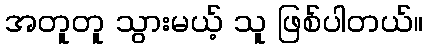
အတူတူ သွားမယ့် သူ ဖြစ်ပါတယ်။